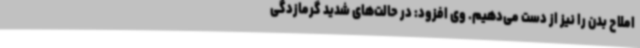
املاح بدن را نیز از دست می‌دهیم. وی افزود: در حالت‌های شدید گرمازدگی